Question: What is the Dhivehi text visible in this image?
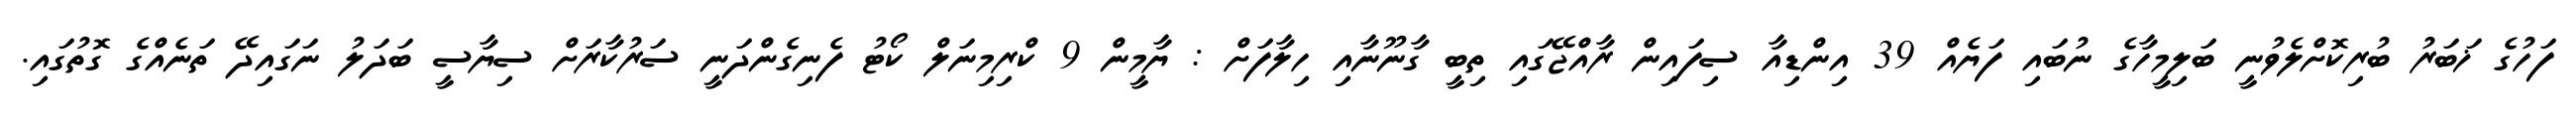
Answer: ފަހުގެ ޚަބަރު ބުރިކޮށްލެވުނީ ބަލިމީހާގެ ނުބައި ފަޔެއް 39 އިންޑިއާ ސިފައިން ރާއްޖޭގައި ތިބީ ގާނޫނާއި ހިލާފަށް : ޔާމީން 9 ކްރިމިނަލް ކޯޓު ފެނިގެންދަނީ ސަރުކާރަށް ސިޔާސީ ބަދަލު ނަގައިދޭ ތަނެއްގެ ގޮތުގައި.